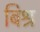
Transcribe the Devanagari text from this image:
बिश्र